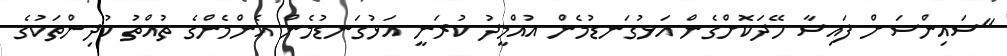
"ސައިންސަށް ފައިސާ ހޭދަކޮށްގެން އަޅުގަނޑުމެން އުއްމީދު ކުރަނީ އަޅުގަނޑުމެން އެންމެންގެ ތުއްތު ކުދިންތަކުގެ